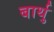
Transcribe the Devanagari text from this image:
बार्थु